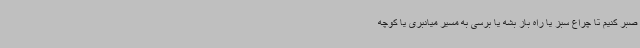
صبر کنیم تا چراغ سبز یا راه باز بشه یا برسی به مسیر میانبری یا کوچه